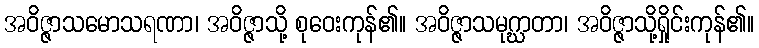
အဝိဇ္ဇာသမောသရဏာ၊ အဝိဇ္ဇာသို့ စုဝေးကုန်၏။ အဝိဇ္ဇာသမုဂ္ဃာတာ၊ အဝိဇ္ဇာသို့ရှိုင်းကုန်၏။